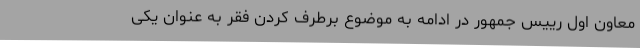
معاون اول رییس جمهور در ادامه به موضوع برطرف کردن فقر به عنوان یکی